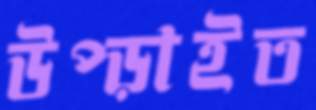
উপ্‌ড়াইত